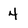
Character: 4